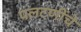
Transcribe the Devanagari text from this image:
पलटणींचे